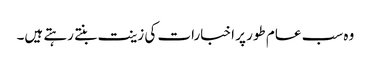
وہ سب عام طور پر اخبارات کی زینت بنتے رہتے ہیں۔